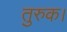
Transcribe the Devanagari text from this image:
तुरुक।